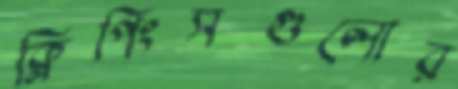
ক্লিপিংসগুলোর